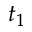
t _ { 1 }